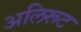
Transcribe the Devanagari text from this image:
अलिरूट